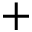
+